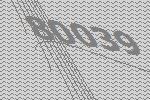
80039